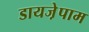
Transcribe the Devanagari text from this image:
डायजे़पाम